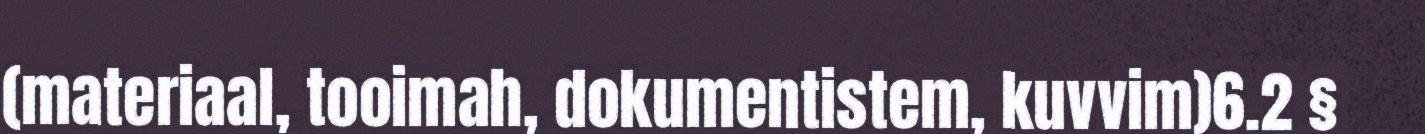
(materiaal, tooimah, dokumentistem, kuvvim)6.2 §